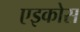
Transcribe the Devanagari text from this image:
एइकोस